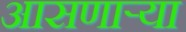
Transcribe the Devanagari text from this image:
आसणाऱ्या